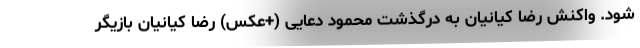
شود. واکنش رضا کیانیان به درگذشت محمود دعایی (+عکس) رضا کیانیان بازیگر